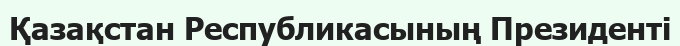
Қазақстан Республикасының Президенті